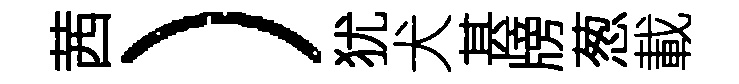
茜）犹犬甚牓葱載